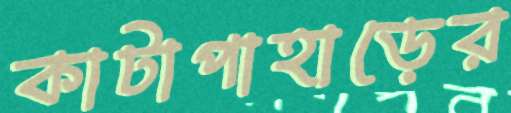
কাটাপাহাড়ের